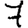
Digit: 7